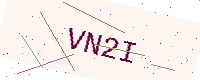
Text: VN2I